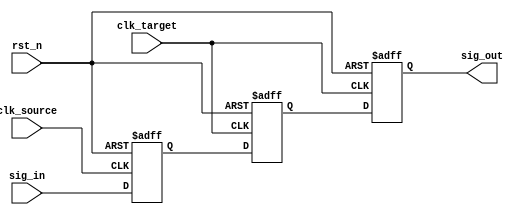
module dff_chain3 (
    output               sig_out    ,

    input                clk_source ,
    input                clk_target ,
    input                rst_n      ,
    input                sig_in     
);
    reg                  sig_dff1;
    reg                  sig_dff2;
    reg                  sig_dff3;

    // level 1
    always@(posedge clk_source or negedge rst_n) begin
        if (~rst_n)
            sig_dff1 <= 1'b0;
        else
            sig_dff1 <= sig_in;
    end

    // level 2
    always@(posedge clk_target or negedge rst_n) begin
        if (~rst_n)
            sig_dff2 <= 1'b0;
        else
            sig_dff2 <= sig_dff1;
    end

    // level 3
    always@(posedge clk_target or negedge rst_n) begin
        if (~rst_n)
            sig_dff3 <= 1'b0;
        else
            sig_dff3 <= sig_dff2;
    end

    assign sig_out = sig_dff3;

endmodule